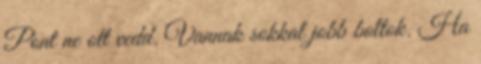
Pont ne ott vedd. Vannak sokkal jobb boltok. Ha